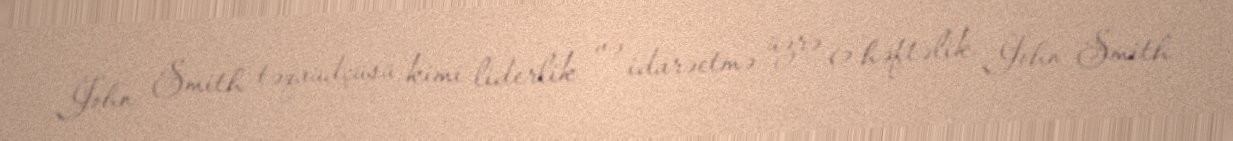
John Smith təqaüdçüsü kimi liderlik və idarəetmə üzrə 6 həftəlik John Smith